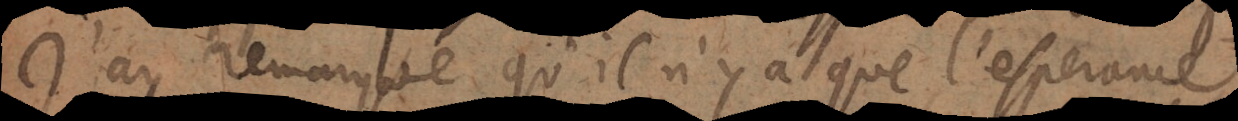
’ay remarqué qu’il n’y a que l’esperance